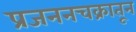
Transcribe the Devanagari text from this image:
प्रजननचक्रातून